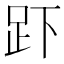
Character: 𮛃